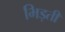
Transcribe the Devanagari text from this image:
भिड़ती